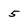
Character: 5